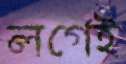
লগেই